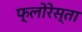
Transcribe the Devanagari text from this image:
फ्लोरेस्ता